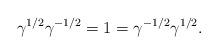
LaTeX: \begin{align*}\gamma^{1/2}\gamma^{-1/2}=1=\gamma^{-1/2}\gamma^{1/2}.\end{align*}